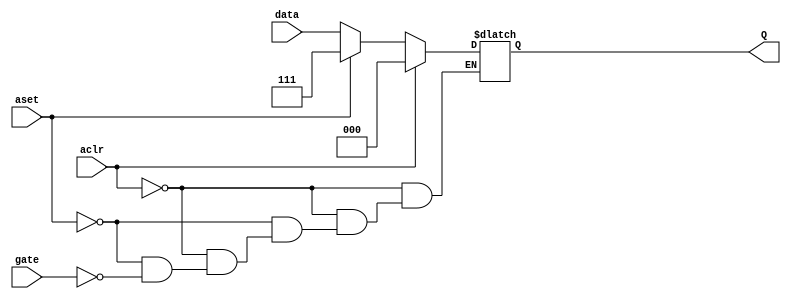
module d_latch #(parameter LAT_WIDTH = 3)(
  input aset,gate,aclr,
  input [LAT_WIDTH-1:0] data,
  output [LAT_WIDTH-1:0] Q
  );
reg [LAT_WIDTH-1:0] D_reg;
wire [LAT_WIDTH-1:0] D_next;
always @ (*)
begin  
  if (aclr)
    D_reg=0;
  else if (aset)
  D_reg=-1;
else if(gate==1)
D_reg=D_next;  
else
  D_reg = D_reg;
end

assign Q = D_reg;
assign D_next= data;
endmodule